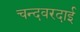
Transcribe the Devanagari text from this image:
चन्दवरदाई